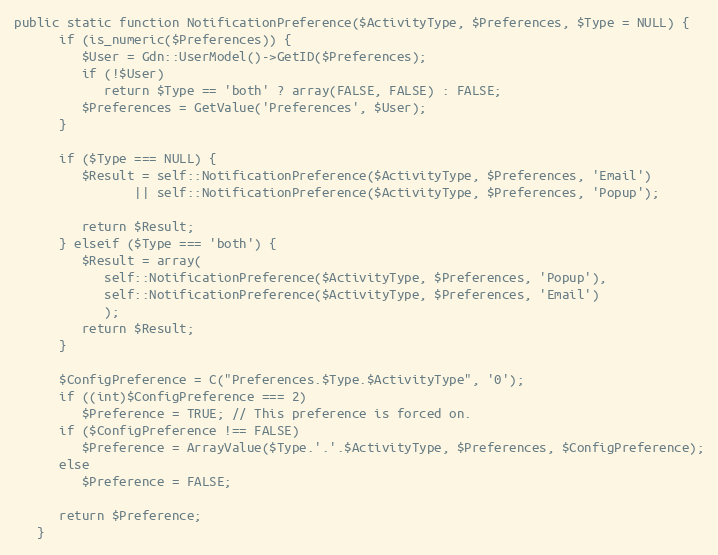
Language: PHP
public static function NotificationPreference($ActivityType, $Preferences, $Type = NULL) {
      if (is_numeric($Preferences)) {
         $User = Gdn::UserModel()->GetID($Preferences);
         if (!$User)
            return $Type == 'both' ? array(FALSE, FALSE) : FALSE;
         $Preferences = GetValue('Preferences', $User);
      }

      if ($Type === NULL) {
         $Result = self::NotificationPreference($ActivityType, $Preferences, 'Email')
                || self::NotificationPreference($ActivityType, $Preferences, 'Popup');

         return $Result;
      } elseif ($Type === 'both') {
         $Result = array(
            self::NotificationPreference($ActivityType, $Preferences, 'Popup'),
            self::NotificationPreference($ActivityType, $Preferences, 'Email')
            );
         return $Result;
      }

      $ConfigPreference = C("Preferences.$Type.$ActivityType", '0');
      if ((int)$ConfigPreference === 2)
         $Preference = TRUE; // This preference is forced on.
      if ($ConfigPreference !== FALSE)
         $Preference = ArrayValue($Type.'.'.$ActivityType, $Preferences, $ConfigPreference);
      else
         $Preference = FALSE;

      return $Preference;
   }